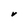
Character: V